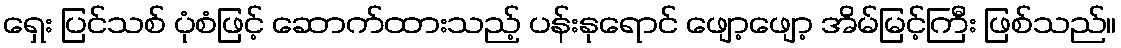
ရှေး ပြင်သစ် ပုံစံဖြင့် ဆောက်ထားသည့် ပန်းနုရောင် ဖျော့ဖျော့ အိမ်မြင့်ကြီး ဖြစ်သည်။